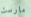
مارست